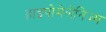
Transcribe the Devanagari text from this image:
हाइपोमेलेनिज्म